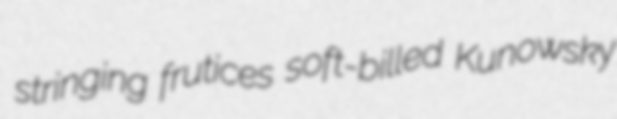
stringing frutices soft-billed Kunowsky